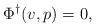
LaTeX: \begin{align*}\Phi^\dagger(v,p) = 0,\end{align*}